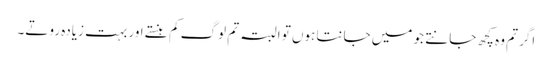
اگر تم وہ کچھ جانتے جو میں جانتا ہوں تو البتہ تم لوگ کم ہنستے اور بہت زیادہ روتے۔